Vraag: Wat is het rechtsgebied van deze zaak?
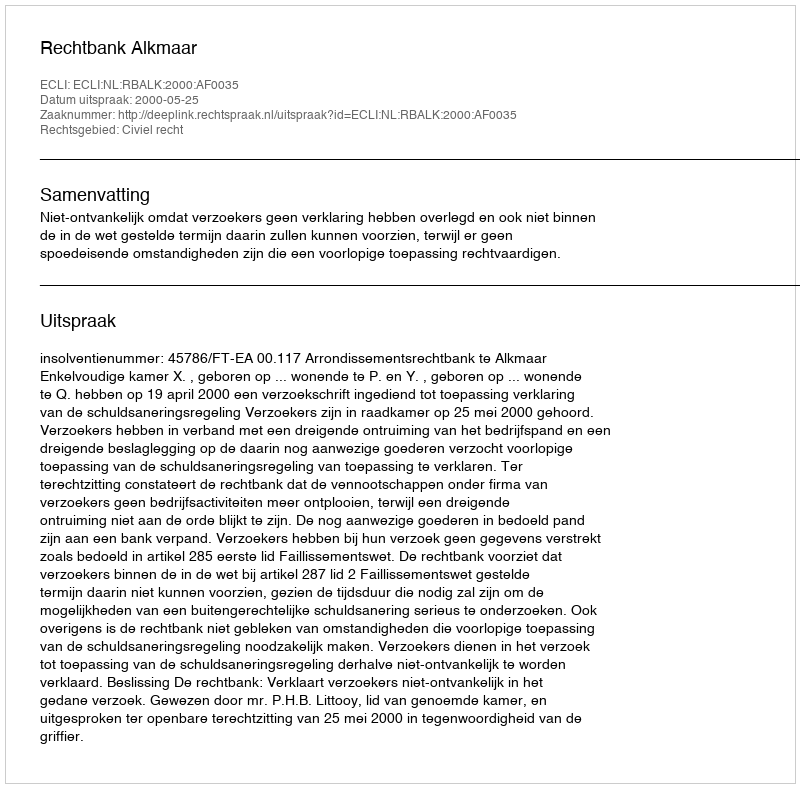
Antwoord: Civiel recht